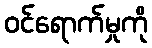
ဝင်ရောက်မှုကို